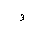
Letter: _waw